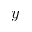
y